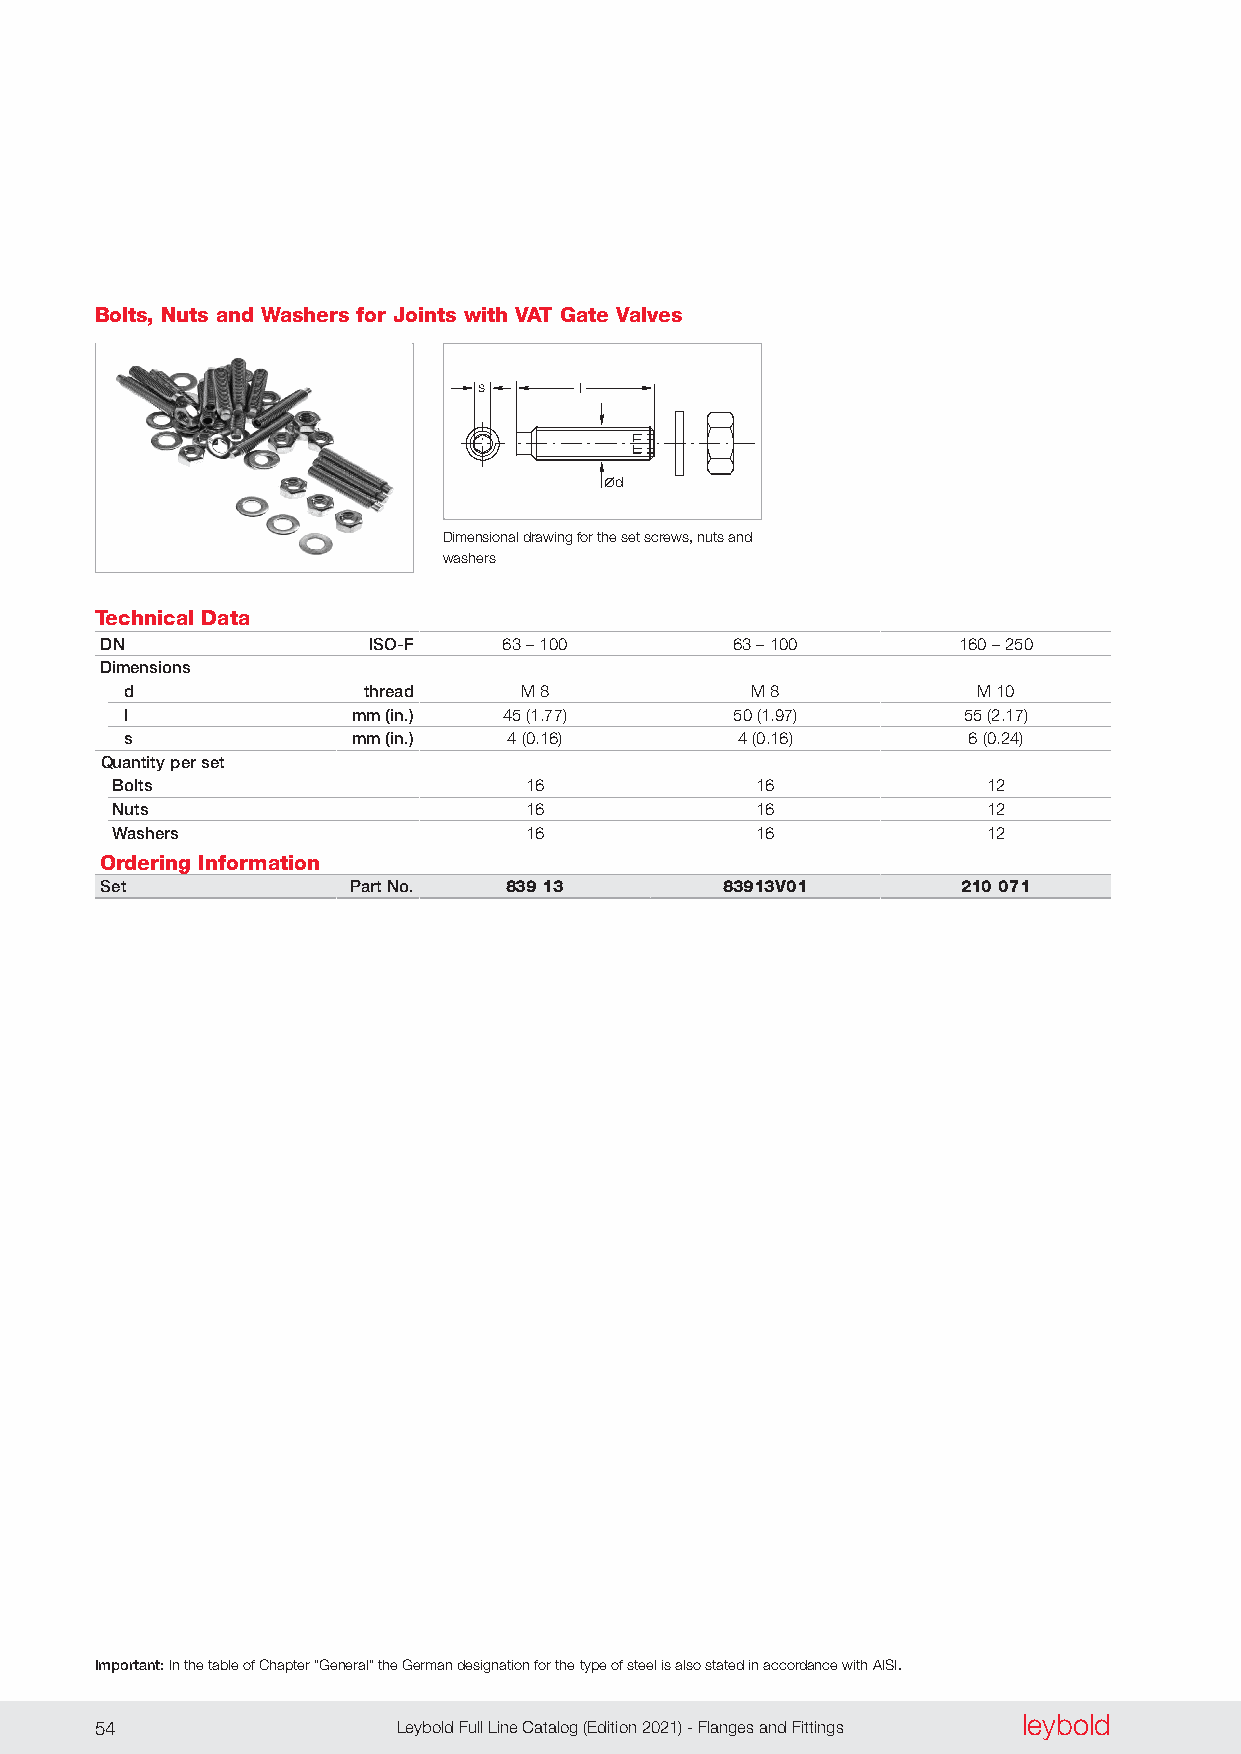
Bolts, Nuts and Washers for Joints with VAT Gate Valves
 s     l
 d
 Dimensional drawing for the set screws, nuts and
 washers
 Technical Data
 DN               ISO-F    63 – 100       63 – 100       160 – 250
 Dimensions
 d               thread    M 8             M 8            M 10
 l              mm (in.)  45 (1 .77)      50 (1 .97)     55 (2 .17)
 s              mm (in.)   4 (0 .16)      4 (0 .16)      6 (0 .24)
 Quantity per set
 Bolts                       16             16             12
 Nuts                        16             16             12
 Washers                     16             16             12
 Ordering Information
 Set             Part No.  839 13         83913V01        210 071
 Important: In the table of Chapter “General” the German designation for the type of steel is also stated in accordance with AISI.
 leybold
 54                  Leybold Full Line Catalog (Edition 2021) - Flanges and Fittings